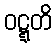
ဝဋ္ဋတိ